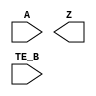
/**
 * Copyright 2020 The SkyWater PDK Authors
 *
 * Licensed under the Apache License, Version 2.0 (the "License");
 * you may not use this file except in compliance with the License.
 * You may obtain a copy of the License at
 *
 *     https://www.apache.org/licenses/LICENSE-2.0
 *
 * Unless required by applicable law or agreed to in writing, software
 * distributed under the License is distributed on an "AS IS" BASIS,
 * WITHOUT WARRANTIES OR CONDITIONS OF ANY KIND, either express or implied.
 * See the License for the specific language governing permissions and
 * limitations under the License.
 *
 * SPDX-License-Identifier: Apache-2.0
 */

`ifndef SKY130_FD_SC_HS__EBUFN_SYMBOL_V
`define SKY130_FD_SC_HS__EBUFN_SYMBOL_V

/**
 * ebufn: Tri-state buffer, negative enable.
 *
 * Verilog stub (without power pins) for graphical symbol definition
 * generation.
 *
 * WARNING: This file is autogenerated, do not modify directly!
 */

`timescale 1ns / 1ps
`default_nettype none

(* blackbox *)
module sky130_fd_sc_hs__ebufn (
    //# {{data|Data Signals}}
    input  A   ,
    output Z   ,

    //# {{control|Control Signals}}
    input  TE_B
);

    // Voltage supply signals
    supply1 VPWR;
    supply0 VGND;

endmodule

`default_nettype wire
`endif  // SKY130_FD_SC_HS__EBUFN_SYMBOL_V